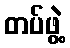
တပ်ဖွဲ့